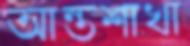
আন্তশাখা